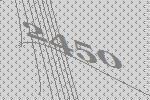
2450